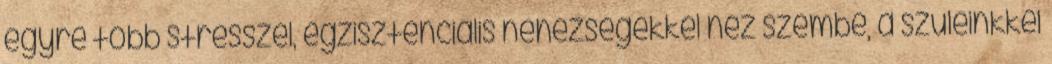
egyre több stresszel, egzisztenciális nehézségekkel néz szembe, a szüleinkkel